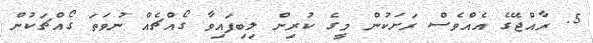
5. ރާއްޖޭގެ އެއްވެސް ރަށަކުން މީގެ ކުރިން ލިބިފައިވާ ގޯއްޗެއް ނުވަތަ ގޯއްޗަކުން